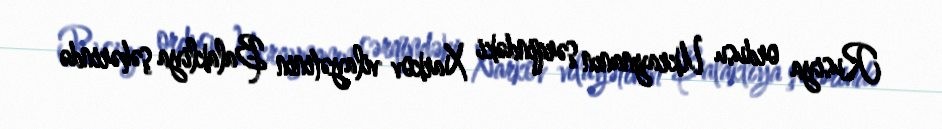
Rusiya ordusu Ukraynanın şərqindəki Xarkov vilayətinin Balakliya şəhərində